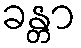
ခန္တာ